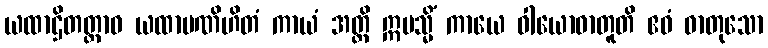
ယထာဌိတတ္တာဝ ယထာပဏိဟိတံ ကာယံ အတ္ထိ ဣမသ္မိံ ကာယေ ဝါယောဓာတူတိ ဧဝံ ဓာတုသော